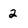
Character: 2